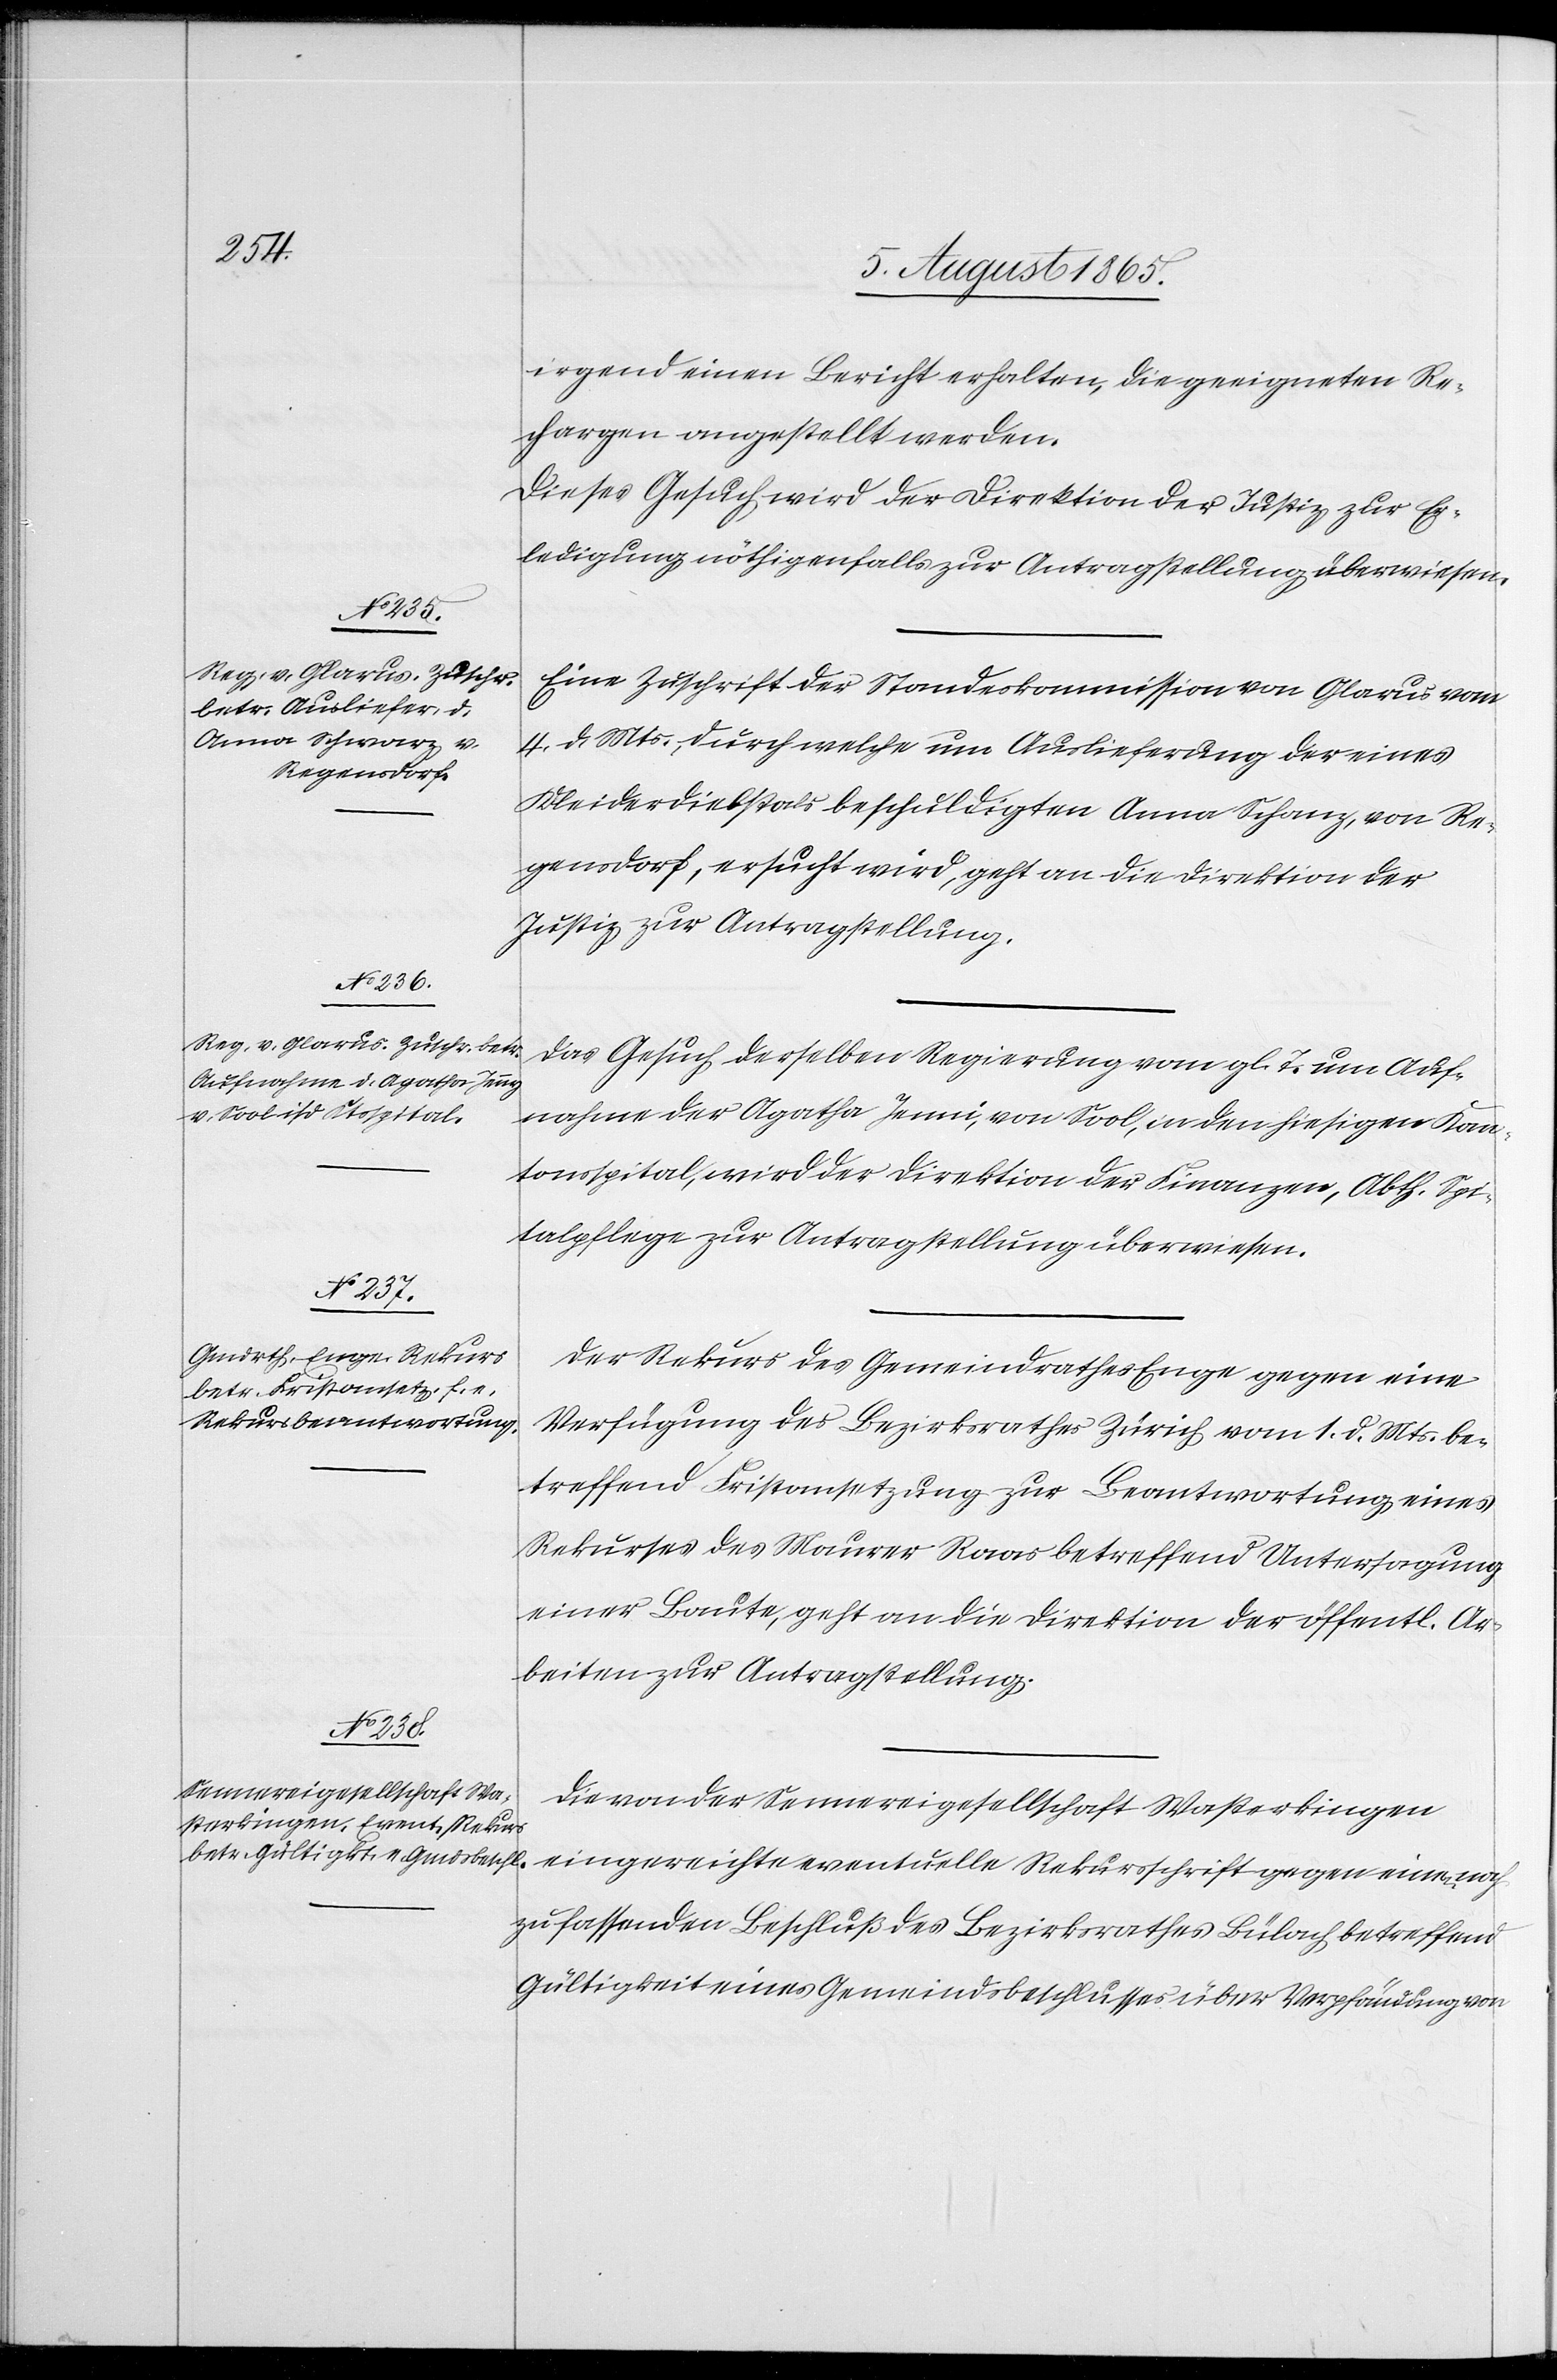
8. August 1865.]
irgend einen Bericht erhalten, die geeigneten Re¬
chargen angestellt werden.
Dieses Gesuch wird der Direktion der Justiz zur Er¬
ledigung nöthigenfalls zur Antragstellung überwiesen.
Eine Zuschrift der Standeskommission von Glarus vom
4. d. Mts., durch welche um Auslieferung der eines
Kleiderdiebstals beschuldigten Anna Schanz [sic!], von Re¬
gensdorf, ersucht wird, geht an die Direktion der
Justiz zur Antragstellung.
Das Gesuch derselben Regierung vom gl. T. um Auf¬
nahme der Agatha Jenni [sic!], von Sool, in den hiesigen Kan¬
tonsspital, wird der Direktion der Finanzen, Abth. Spi¬
talpflege zur Antragstellung überwiesen.
Der Rekurs des Gemeindrathes Enge gegen eine
Verfügung des Bezirksrathes Zürich vom 1. d. Mts. be¬
treffend Fristansetzung zur Beantwortung eines
Rekurses des Maurer Raas betreffend Untersagung
einer Baute, geht an die Direktion der öffentl. Ar¬
beiten zur Antragstellung.
Die von der Sennereigesellschaft Wasterkingen
zu fassenden Beschluß des Bezirksrathes Bülach betreffend
Gültigkeit eines Gemeindsbeschlusses über Verpfändung von